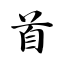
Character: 首